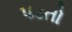
પડતો